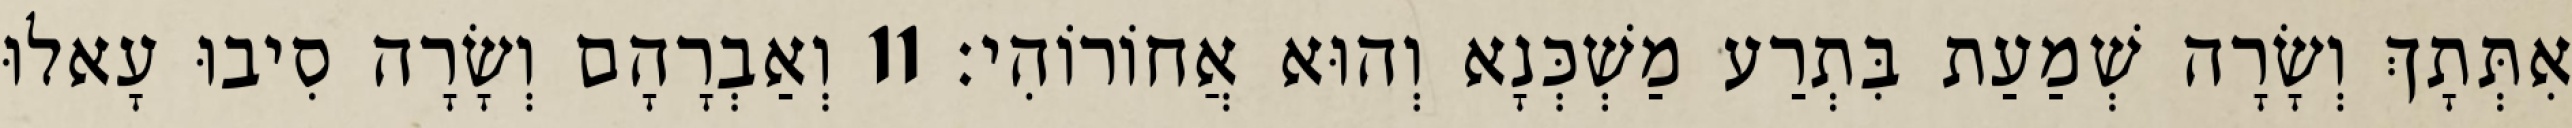
אִתְּתָךְ וְשָׂרָה שְׁמַעַת בִּתְרַע מַשְׁכְּנָא וְהוּא אֲחוֹרוֹהִי׃ 11 וְאַבְרָהָם וְשָׂרָה סִיבוּ עָאלוּ